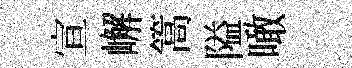
宣嶰篙隘噉